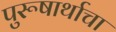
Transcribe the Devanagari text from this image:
पुरूषार्थाचा